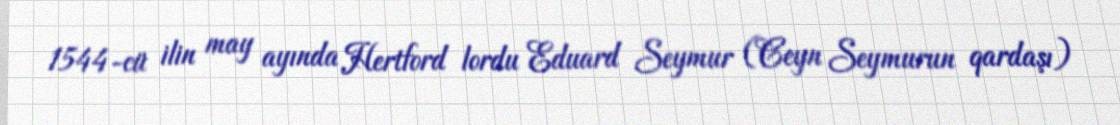
1544-cü ilin may ayında Hertford lordu Eduard Seymur (Ceyn Seymurun qardaşı)